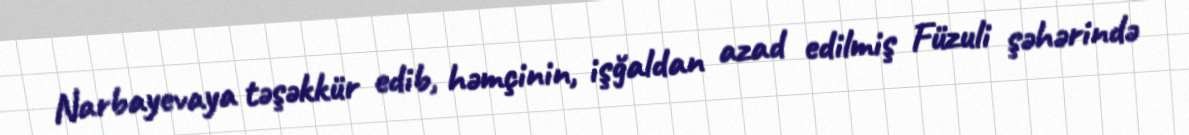
Narbayevaya təşəkkür edib, həmçinin, işğaldan azad edilmiş Füzuli şəhərində